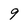
Character: 9